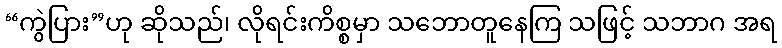
“ကွဲပြား”ဟု ဆိုသည်၊ လိုရင်းကိစ္စမှာ သဘောတူနေကြ သဖြင့် သဘာဂ အရ